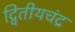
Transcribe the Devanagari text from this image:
द्वितीयचंद्र